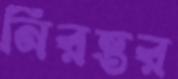
নিরন্তর